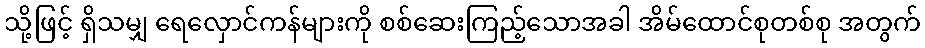
သို့ဖြင့် ရှိသမျှ ရေလှောင်ကန်များကို စစ်ဆေးကြည့်သောအခါ အိမ်ထောင်စုတစ်စု အတွက်